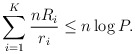
\begin{align*} \sum_{i=1}^K\frac{nR_i}{r_i}\leq n\log P.\end{align*}